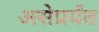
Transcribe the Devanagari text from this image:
असेप्रर्यंत